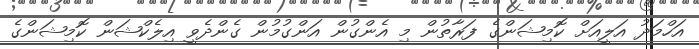
އަހްމަދު އަލީއަށް ކޮމިޝަންގެ ފަރާތުން މި އެންގުން އަންގުމުން ގެންދެވީ އިލެކްޝަން ކޮމިޝަންގެ